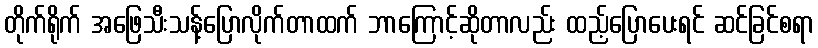
တိုက်ရိုက် အဖြေသီးသန့်ပြောလိုက်တာထက် ဘာကြောင့်ဆိုတာလည်း ထည့်ပြောပေးရင် ဆင်ခြင်စရာ